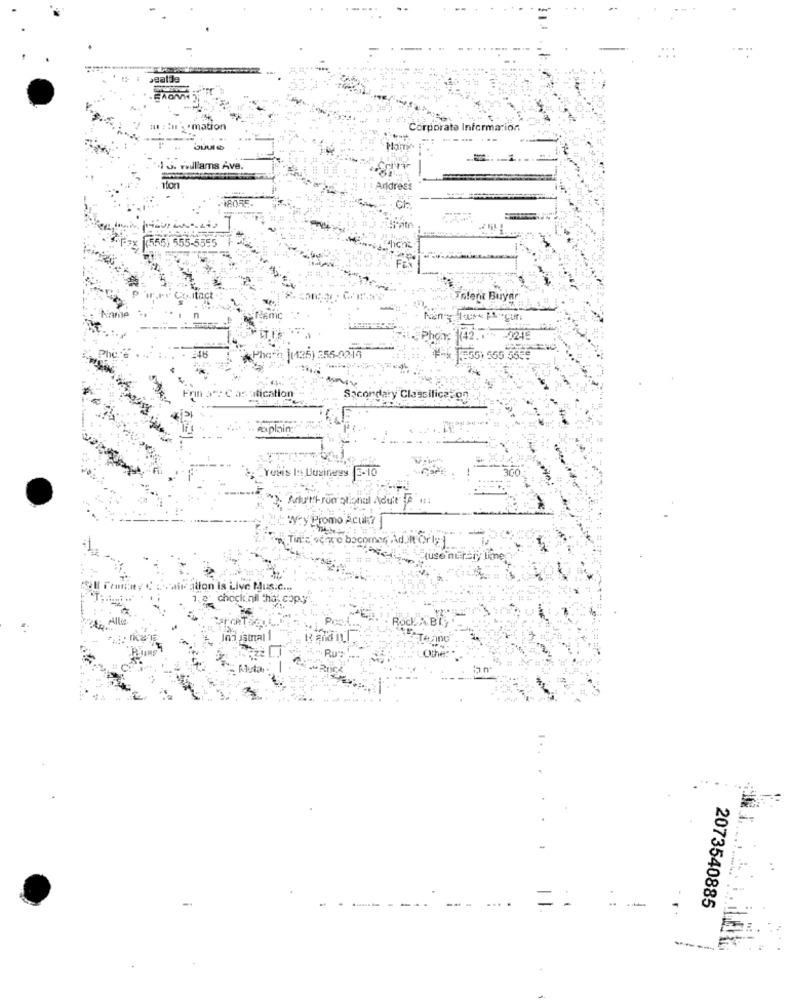
me : : u so mation
Information
1 J. vwilliams Ave.
1ton
Aridress
(555) 555-5555
Itact
www.Pflent Buryar
time
n
(Phe"h |(125) 255-0215
T=55) 555 55
C as atication
Secondary Classificat 97
caplain
YoMis I: Business 5-10
2. Autorun ational Adult o .:
: Wyty Promo Acul?
Tin'e' vero bocomer Adult Orly ]
Mir ation is Live Mus.c ...
1. a* chock ni that copy
Rock A BIG
-
2073540885